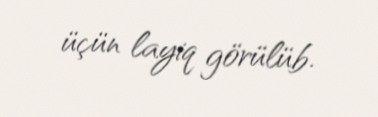
üçün layiq görülüb.